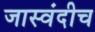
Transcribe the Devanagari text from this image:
जास्वंदीच